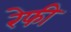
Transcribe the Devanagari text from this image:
रेफी